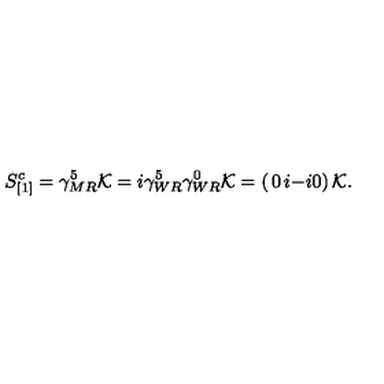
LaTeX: S _ { [ 1 ] } ^ { c } = \gamma _ { M R } ^ { 5 } { \cal K } = i \gamma _ { W R } ^ { 5 } \gamma _ { W R } ^ { 0 } { \cal K } = \left( \begin{matrix} { 0 } & { i } \\ { - i } & { 0 } \\ \end{matrix} \right) { \cal K } .